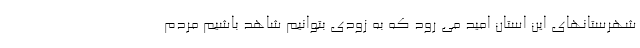
شهرستانهای این استان امید می رود که به زودی بتوانیم شاهد باشیم مردم